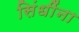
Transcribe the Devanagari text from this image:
सिंधींना